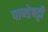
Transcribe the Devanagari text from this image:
पाण्डेपट्टी